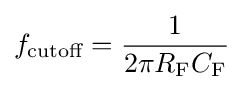
f_{\text{cutoff}}={\frac {1}{{2\pi }{R_{\text{F}}}{C_{\text{F}}}}}